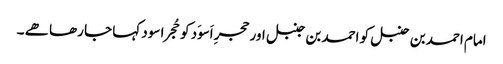
امام احمد بن حنبل کو احمد بن جنبل اور حجرِ اَسوَد کو حُجرا سود کہا جا رھا ھے ۔